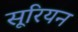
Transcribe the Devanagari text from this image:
सूरियन